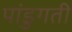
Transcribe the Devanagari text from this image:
पांडुगती